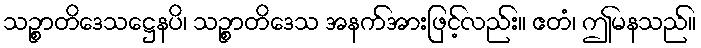
သဉ္စာတိဒေသဋ္ဌေနပိ၊ သဉ္စာတိဒေသ အနက်အားဖြင့်လည်း။ ဧတံ၊ ဤမနသည်။